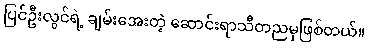
ပြင်ဦးလွင်ရဲ့ ချမ်းအေးတဲ့ ဆောင်းရာသီတညမှဖြစ်တယ်။